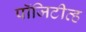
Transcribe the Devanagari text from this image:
पॉजिटीव्ह